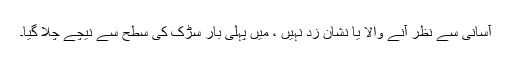
آسانی سے نظر آنے والا یا نشان زد نہیں ، میں پہلی بار سڑک کی سطح سے نیچے چلا گیا۔